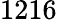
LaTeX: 1216